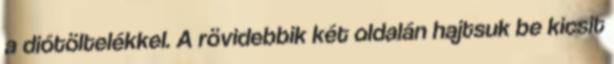
a diótöltelékkel. A rövidebbik két oldalán hajtsuk be kicsit